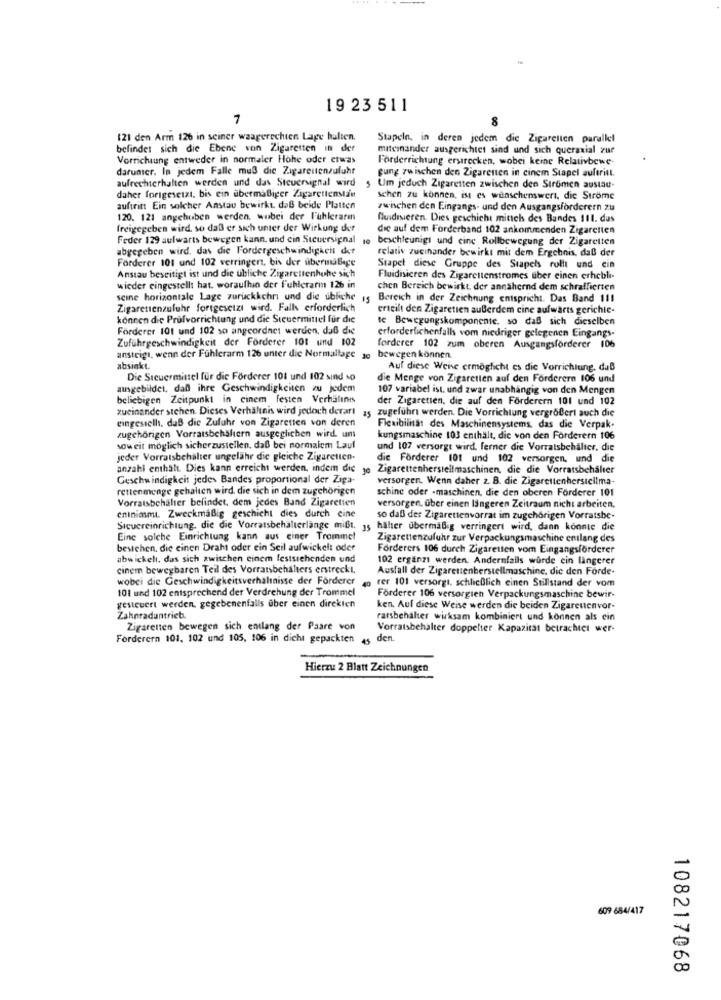
19 23 511
7
8
121 den Arm 126 in seiner waagerechten Lage halten.
Stapeln, in deren jedem die Zigaretten parallel
befindet sich die Ebene von Zigaretten in der
miteinander ausgerichtet sind und sich queraxial zur
Vorrichtung entweder in normaler Hohe oder etwas
Forderrichtung erstrecken, wobei keine Relativbewe-
darunter. In jedem Falle muß die Zigarettenzufuhr
gung zwischen den Zigaretten in einem Stapel auftritt.
aufrechterhalten werden und das Steuersignal wird
5 Um jeduch Zigaretten zwischen den Strömen austau-
daher fortgesetzt, bis ein übermäßiger Zigarettenstan
schen zu können, ist es wünschenswert, die Ströme
auftritt Ein solcher Anstau bewirkt daß beide Platten
zwischen den Eingangs- und den Ausgangsförderern zu
120. 121 angehoben werden. wobei der l'uhlerarm
fuidisieren. Dies geschicht mittels des Bandes 111. dus
freigegeben wird, so daß er sich unter der Wirkung der
die auf dem Forderband 102 ankommenden Zigaretten
Feder 129 aufwarts bewegen kann. und cin Sucuersignal ie beschleunigt und cinc Rollbewegung der Zigaretten
abgegeben wird, das die Fordergeschwindigkeit der
relativ zueinander bewirkt mit dem Ergebnis, daß der
Förderer 101 und 102 verringert, bis der überinallage
Stapel diese Gruppe des Stapels rollt und cin
Anstau beseitigt ist und die übliche Zigarettenhohe sich
Fluidisicren des Zigarettenstromes über einen erhebli-
wieder eingestellt hat. woraufhin der Fuhlerarm 126 in
chen Bereich bewirkt, der annähernd dem schraffierten
seine horizontale Lage zuruckkchri und die ubliche 15 Bereich in der Zeichnung entspricht. Das Band I11
Zigarettenzufuhr fortgesetzt wird. Falls erforderlich
erteilt den Zigaretien außerdem cine aufwarts gerichte-
können die Prüfvorrichtung und die Steuermittel für die
te Bewegungskomponente, so daß sich dieselben
Förderer 101 und 102 so angeordnet werden, daß die
Zufuhrgeschwindigkeit der Förderer 101 und 102
erforderlichenfalls vom niedriger gelegenen Eingangs-
forderer 102 zum oberen Ausgangsförderer 106
ansteigt, wenn der Fühlerarm 126 unter die Normallage je
bewegen können.
absinkt.
Auf diese Weise ermöglicht es die Vorrichtung, daß
Die Steuerminel für die Förderer 101 und 102 sind so
die Menge von Zigaretten auf den Forderern 106 und
ausgebildet, daß ihre Geschwindigkeiten zu jedem
107 variabel ist. und zwar unabhängig von den Mengen
beliebigen Zeitpunkt in cinem festen Verhältnis
der Zigaretten. die auf den Förderern 101 und 102
zueinander stehen. Dieses Verhältnis wird jedoch derart 15 zugeführt werden. Die Vorrichtung vergrößert auch die
eingestellt, daß die Zufuhr von Zigaretten von deren
Flexibilität des Maschinensystems, das die Verpak-
zugehörigen Vorratsbehältern ausgeglichen wird. um
kungsmaschine 103 enthält, die von den Forderern 106
soweit möglich sicherzustellen, daß bei normalem Lauf
und 107 versorgt wird. ferner die Vorratsbehälter, die
jeder Vorratsbehälter ungefähr die gleiche Zigaretten-
die Forderer 101 und 102 versorgen, und die
anzahl enthält. Dies kann erreicht werden, indem die je Zigarettenherstellmaschinen, die die Vorratsbehälter
Geschwindigkeit jedes Bandes proportional der Ziga-
versorgen. Wenn daher z. B. die Zigarettenhersiclima-
rettenmenge gehalten wird, die sich in dem zugehörigen
schine oder -maschinen, die den oberen Forderer 101
Vorratsbehälter befindet, dem jedes Band Zigaretten
versorgen, über einen längeren Zeitraum nicht arbeiten,
eninimmt. Zweckmaßig geschicht dies durch cine
so daß der Zigarettenvorrat im zugehörigen Vorratsbe-
Sicuereinrichtung, die die Vorratsbehälterlange mißt. 15 hälter übermäßig verringert wird, dann konnte die
Eine solche Einrichtung kann aus einer Trommel
Zigarettenzufuhr zur Verpackungsmaschine entlang des
bestehen, die einen Draht oder ein Seil aufwickelt oder
Forderers 106 durch Zigaretten vom Eingangsförderer
abwickelt, das sich zwischen einem feststehenden und
102 erganzi werden. Andernfalls würde cin längerer
cinem bewegbaren Teil des Vorratsbehälters erstreckt.
Ausfall der Zigarettenherstellmaschine, die den Forde-
wobei die Geschwindigkeitsverhältnisse der Förderer
rer 101 versorgt. schließlich einen Stillstand der vom
101 und 102 entsprechend der Verdrehung der Trommel
Förderer 106 versorgten Verpackungsmaschine bewir-
gesteuert werden, gegebenenfalls über einen direkten
ken. Auf diese Weise werden die beiden Zigarettenvor-
Zahnradantrieb.
ratsbehälter wirksam kombiniert und können als ein
Zigaretten bewegen sich entlang der Paare von
Vorratsbehälter doppelter Kapazität betrachtet wer-
Forderern 101, 102 und 105, 106 in dicha gepackten 4s den.
Hierzu 2 Blatt Zeichnungen
609 684/417
108217068